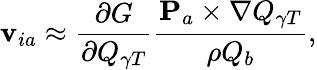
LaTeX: {\mathbf v}_{ia}\approx\frac{\partial G}{\partial Q_{\gamma T}}\frac{{\mathbf P}_{a}\times\nabla Q_{\gamma T}}{\rho Q_{b}},